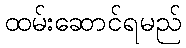
ထမ်းဆောင်ရမည်